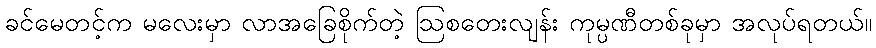
ခင်မေတင့်က မလေးမှာ လာအခြေစိုက်တဲ့ ဩစတေးလျန်း ကုမ္ပဏီတစ်ခုမှာ အလုပ်ရတယ်။